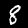
Digit: 8